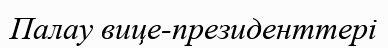
Палау вице-президенттері